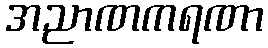
အညာဏကရဏာ